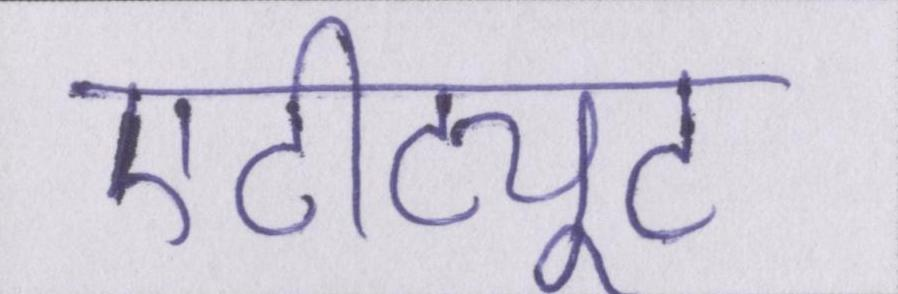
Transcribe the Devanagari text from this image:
एटीट्यूट